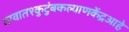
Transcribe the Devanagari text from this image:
गावात१कुटुंबकल्याणकेंद्रआहे